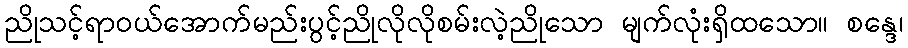
ညိုသင့်ရာဝယ်အောက်မည်းပွင့်ညိုလိုလိုစမ်းလဲ့ညိုသော မျက်လုံးရှိထသော။ စန္ဒေ၊